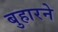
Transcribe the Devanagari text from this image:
बुहारने